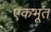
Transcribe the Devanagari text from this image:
एकभूत